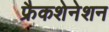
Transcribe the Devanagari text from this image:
फ्रैकशेनेशन